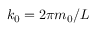
k _ { 0 } = 2 \pi m _ { 0 } / L